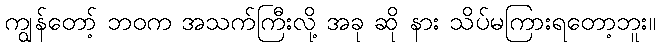
ကျွန်တော့် ဘဝက အသက်ကြီးလို့ အခု ဆို နား သိပ်မကြားရတော့ဘူး။